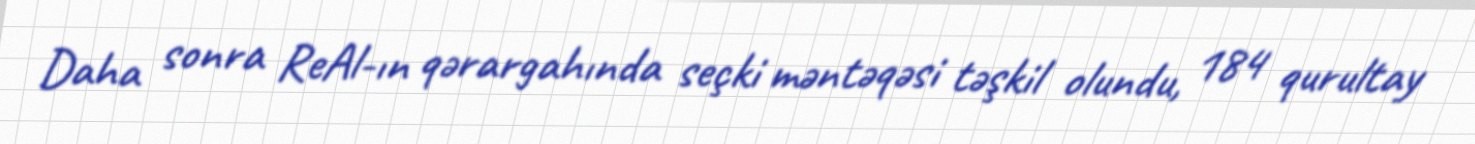
Daha sonra ReAl-ın qərargahında seçki məntəqəsi təşkil olundu, 184 qurultay